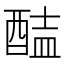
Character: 𨡝